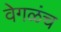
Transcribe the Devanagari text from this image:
वेगळंच